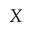
X